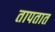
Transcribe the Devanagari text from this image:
तापतात